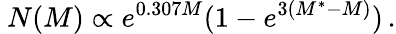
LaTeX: \ N(M)\propto e^{0.307M}(1-e^{3(M^{*}-M)})\, .